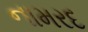
નામરદ